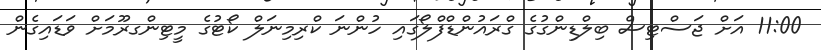
11:00 އަށް ޖަސްޓިސް ބިލްޑިންގުގެ ގްރައުންޑްފްލޯގައި ހުންނަ ކްރިމިނަލް ކޯޓުގެ މީޓިންގރޫމަށް ވަޑައިގެން